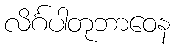
လိင်္ဂပါတုဘာဝေန